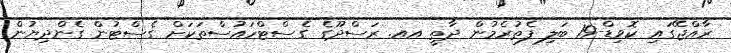
ރާއްޖޭގައި ކޮވިޑް-19 ބަލި ފެތުރެމުން ދާތީ އއ. ރަސްދޫގެ ގެސްޓްހައުސްތަކަށް ގެސްޓުން ގެންދިޔުން